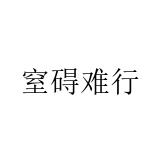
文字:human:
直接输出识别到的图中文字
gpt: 窒碍难行